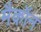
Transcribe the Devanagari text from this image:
मैकॉन